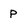
Character: p